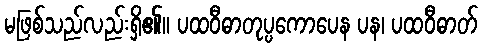
မဖြစ်သည်လည်းရှိ၏။ ပထဝီဓာတုပ္ပကောပေန ပန၊ ပထဝီဓာတ်